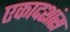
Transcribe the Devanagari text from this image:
एकादशांस